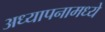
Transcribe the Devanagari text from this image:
अध्यापनामध्ये